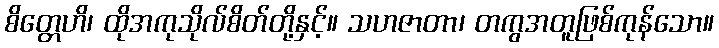
စိတ္တေဟိ၊ ထိုအကုသိုလ်စိတ်တို့နှင့်။ သဟဇာတာ၊ တကွအတူဖြစ်ကုန်သော။